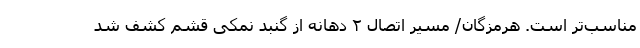
مناسب‌تر است. هرمزگان/ مسیر اتصال ۲ دهانه از گنبد نمکی قشم کشف شد